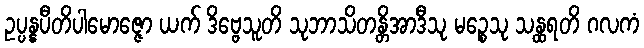
ဥပ္ပန္နပီတိပါမောဇ္ဇော ယက် ဒိဗ္ဗေသူတိ သုဘာသိတန္တိအာဒီသု မဉ္စေသု သန္ထရတိ ဂလကံ